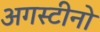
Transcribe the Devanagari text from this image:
अगस्टीनो